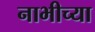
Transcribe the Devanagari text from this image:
नाभीच्या